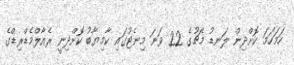
ހަމަހަމަ ކޮށްދިން ލަނޑު މެޗުގެ 22 ވަނަ މިނެޓުގައި ކާމިޔާބު ކޮށްދިނީ ރެއާލްމެޑްރިޑްގެ